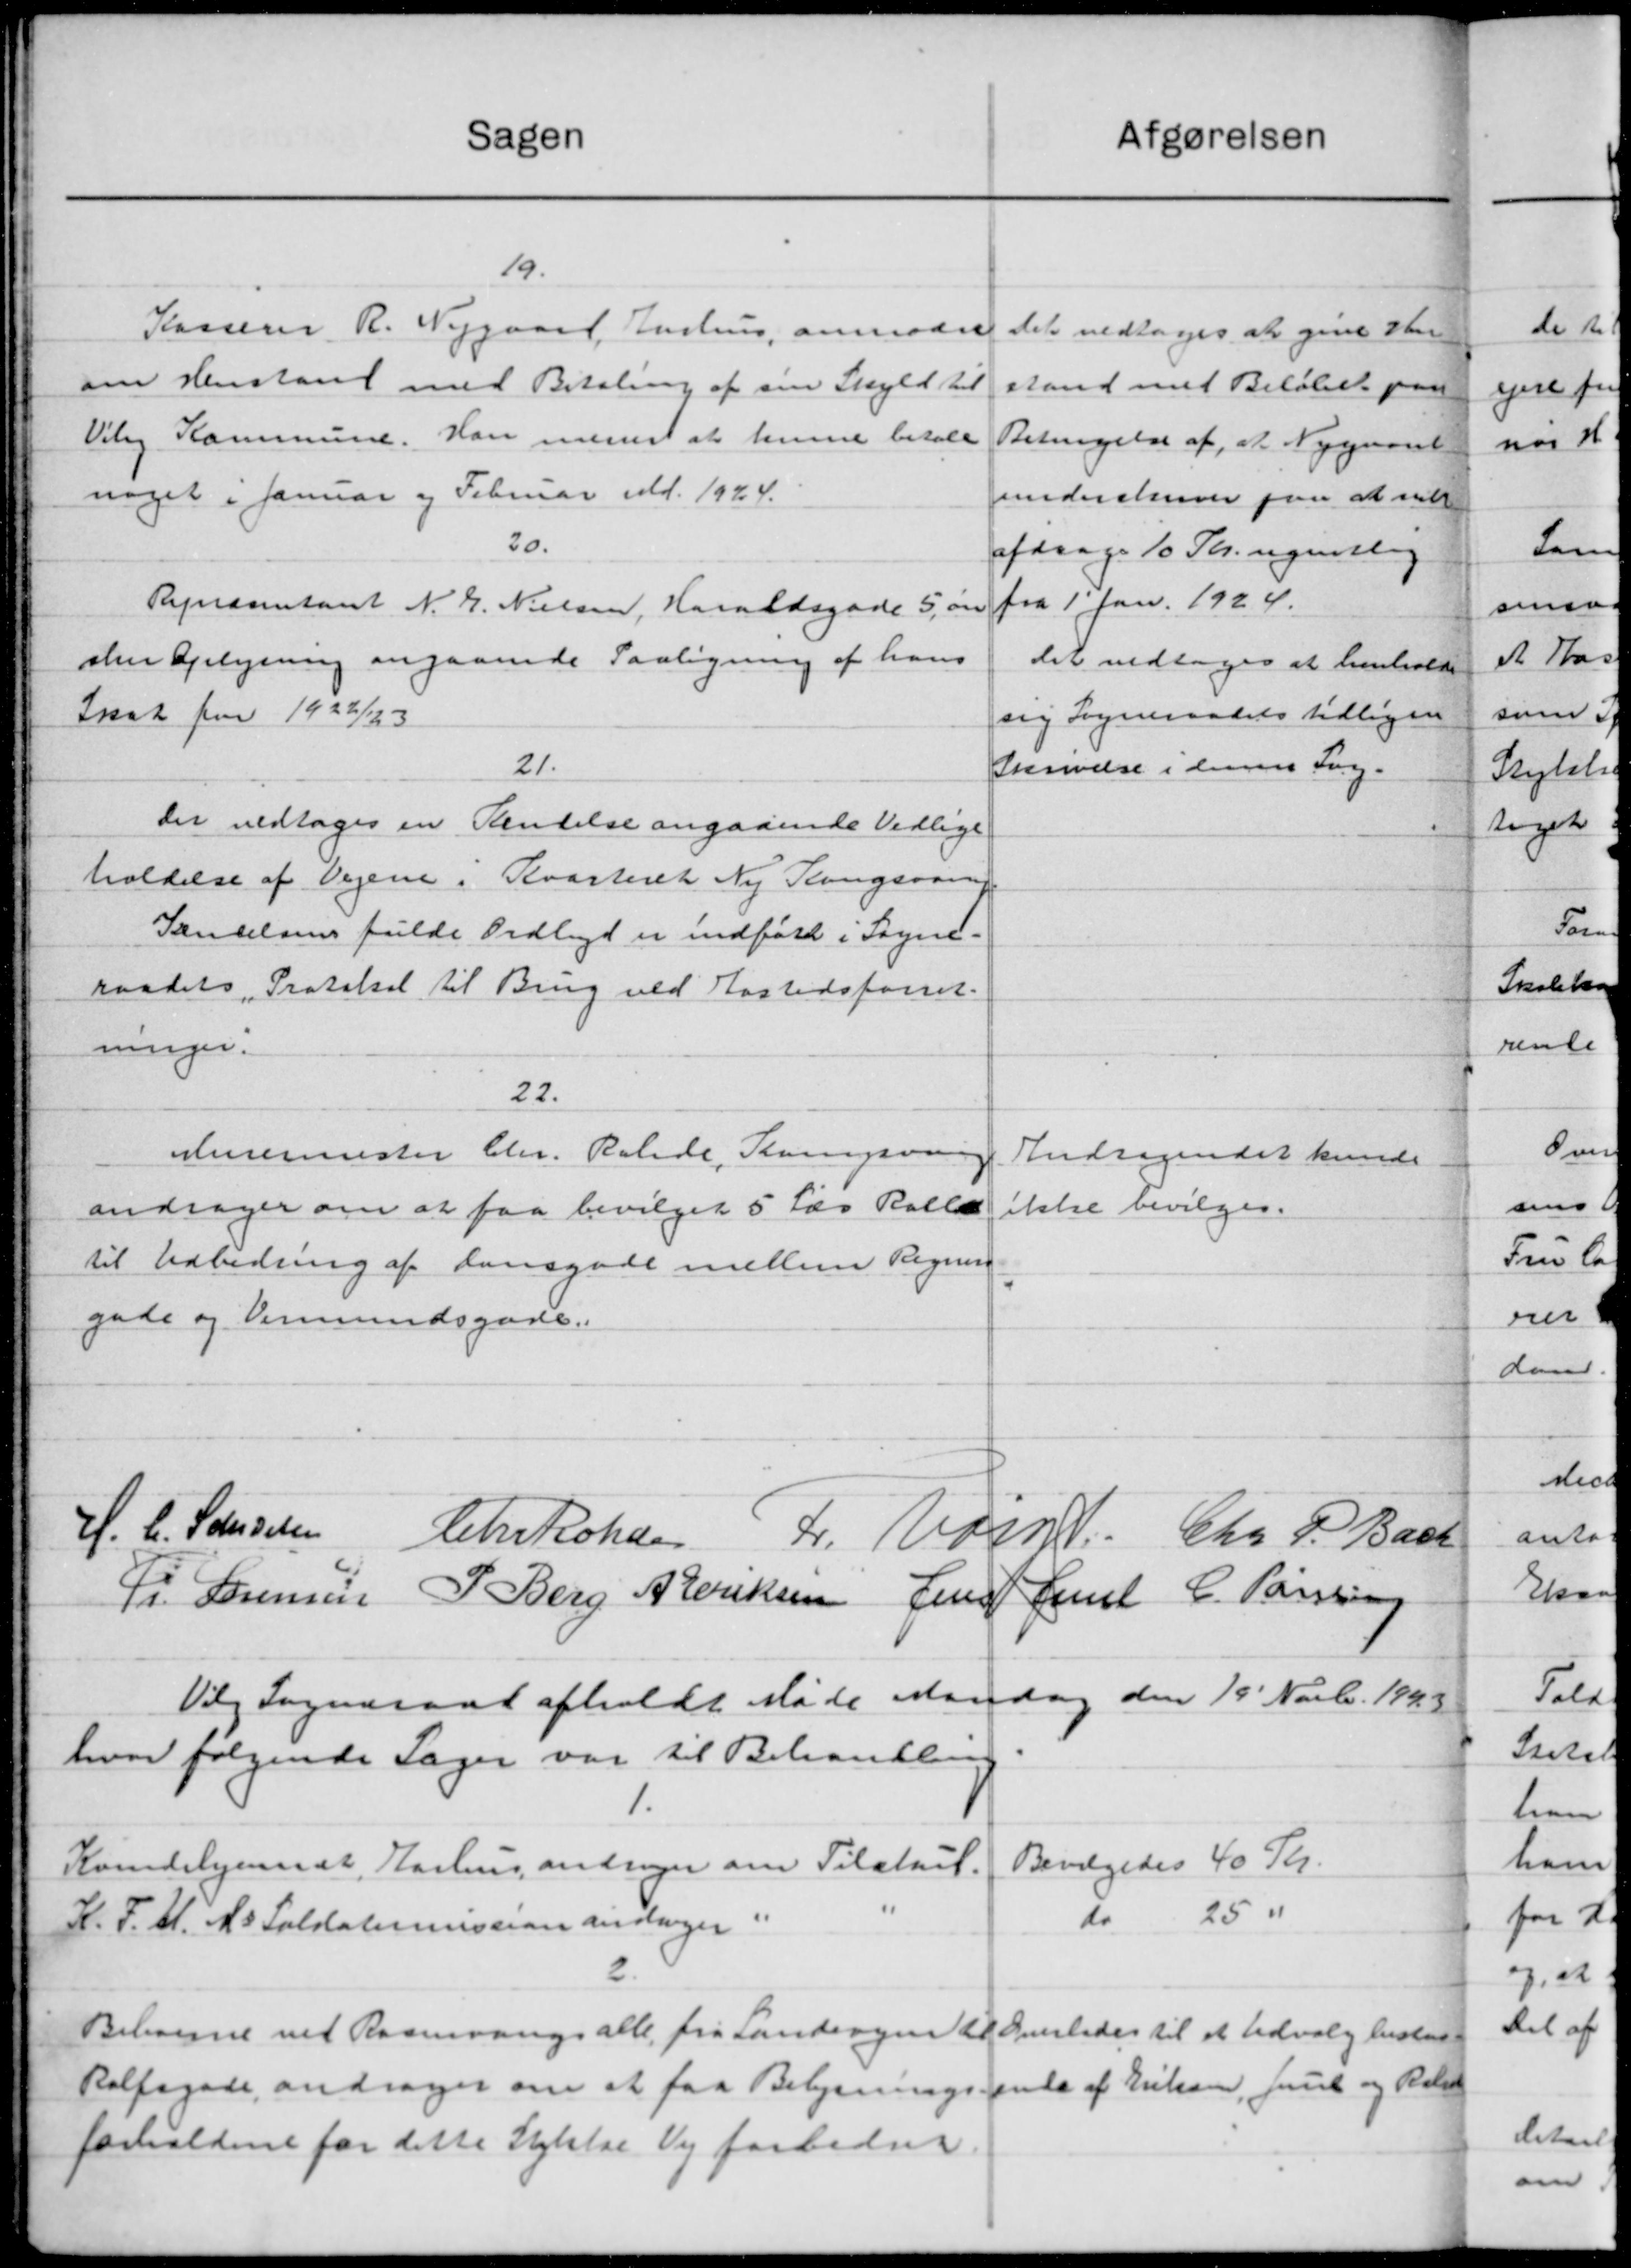
Transskription:
Sagen
afgørelsen
19.
Kasserer R. Nejgaard, Aarhus, anmoder
Det vedtoges at give sen
om Henstand med Betaling af sin Skyld til
stand med Beløbet paa
Viby Kommune. Han menes at kunne betale
Betingelse af, at Nygaaret
noget i Januar og Februar Md. 1924.
understerver paa at vill
20.
afdrage 16 Kr. ugentlig
fra 1' Jan. 1924.
Repræsentant N. J. Nielsen, Haraldsgade 5, øn
sten Oplysning angaaende Paaligning af hans
Det vedtoges at henholde
Ikat for 1922/23
sig Sogneraadets tidligere
21.
Skrivelse i densen Fog-
Det vedtoges en Rentelse angaaende Vedlige
holdelse af Vejene i Kvarteret Ny Kongsværing
Sendelsens fulde Udlige er indført i Sogne-
raadets Protokol til Brug ved Kastedsforret-
ninger.
22.
Murermester Chr. Ralede, Slangsving
Andragendet kunde
andrager om at faa bevilget 5 Læs Ralle
ikke bevilges.
til Udbedring af dansgade mellem Regning
gade og Formundsgade.
H. C. Schiesen Chr. Rohde L. Udsn. Chr. P. Bach
P. Sørensen P. Berg A Deriksen Jens Jens C. Poulsen
Vig Sogneraad afholdt Møde Mandag den 15 Novb. 1943
hvor følgende Sager var til Behandling
1.
Bevilgedes 40 Kr.
Kvindehjendt, Aarhus andrager om Tilskud.
do 25 "
K.F.U.Ms Soldatermission andrager i
2.
igeledes til et Udvalg bested
Beboerne vil Rasevangs alle fra Landevejen til
Rolfsgade, andrager om at faa Belysningsrende af Eriksen, Juul og Reli
forholdene for dette Stykke Vej forbedrer.